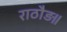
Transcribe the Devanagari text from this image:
राठौड़॥